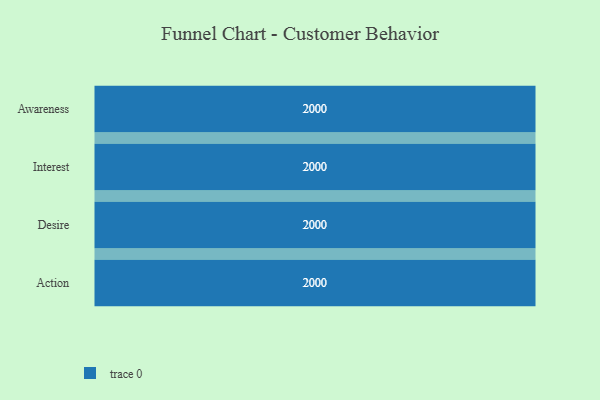
{"axis": {"x": "Stage", "y": "Value"}, "legend": [""], "data": [{"x": "Awareness", "y": 2000, "type": ""}, {"x": "Interest", "y": 2000, "type": ""}, {"x": "Desire", "y": 2000, "type": ""}, {"x": "Action", "y": 2000, "type": ""}]}